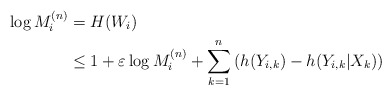
\begin{align*}\log M_i^{(n)} &= H(W_i)\\& \le 1 + \varepsilon \log M_i^{(n)} + \sum_{k=1}^n \left(h(Y_{i,k})- h(Y_{i,k}|X_k) \right) \end{align*}